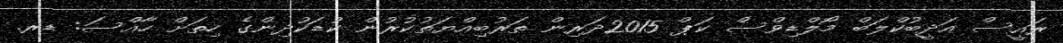
ރައީސް އަދީބުކްލަބް މޯލްޑިވްސް ކަޕް 2015ދަރިން ތަރުބިއްޔަތުކުރުން ކުޑަކުދިންގެ ހިތަށް ހާއްސަ: ޑރ.